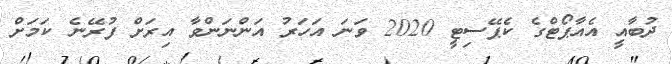
ދުބާއީ އެއާޕޯޓްގެ ކެޕޭސިޓީ 2020 ވަނަ އަހަރު އަންނަންވާ އިރަށް ފުރޭނެ ކަމަށް